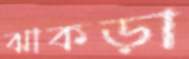
ঝাকড়া